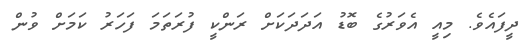
ދީފައެވެ. މިއީ އެވަރުގެ ބޮޑު އަދަދަކަށް ރަންކީ ފުރަތަމަ ފަހަރު ކަމަށް ވުން